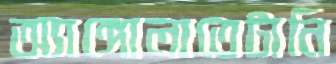
অ্যাঙ্গোলাতেটানি